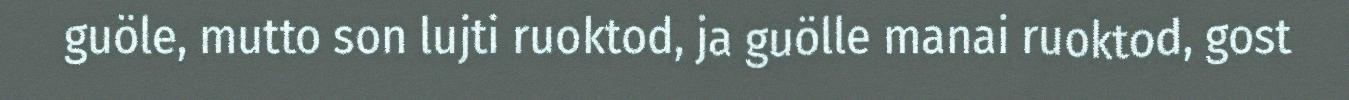
guöle, mutto son lujti ruoktod, ja guölle manai ruoktod, gost